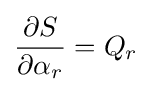
{\frac {\partial S}{\partial \alpha _{r}}}=Q_{r}